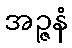
အဉ္ဇနံ